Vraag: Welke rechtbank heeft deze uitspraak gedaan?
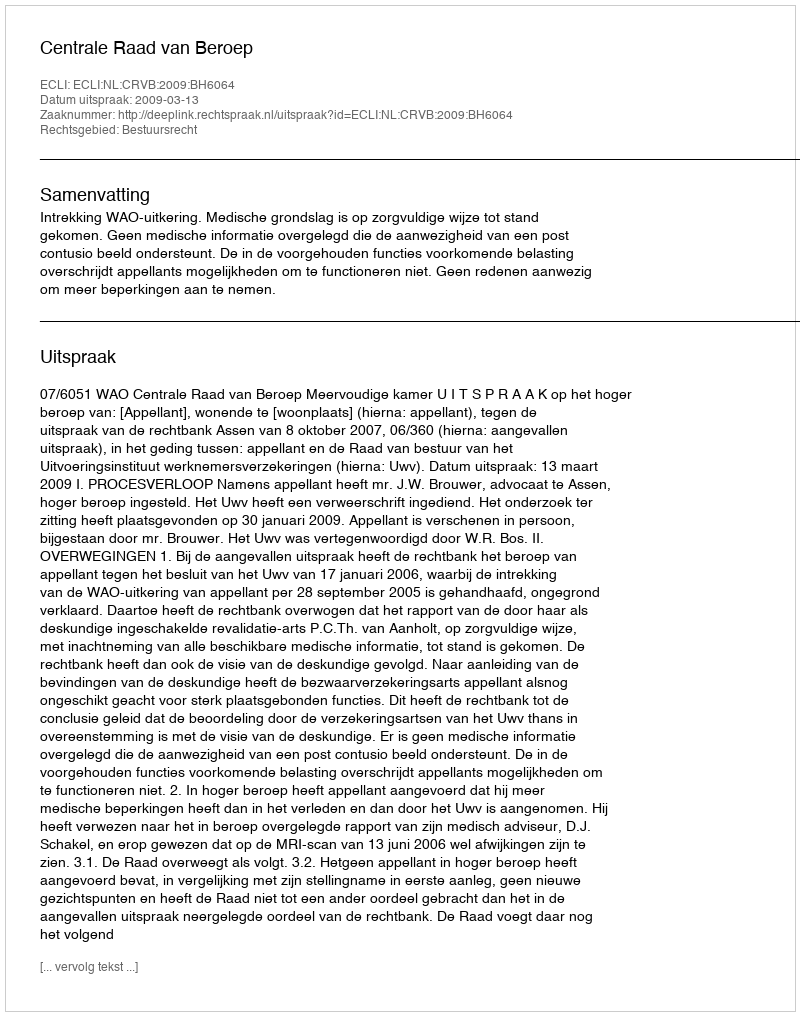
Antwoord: Centrale Raad van Beroep